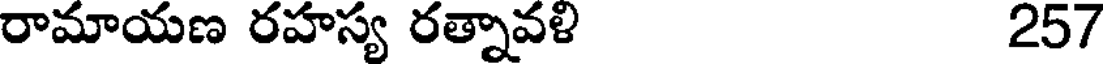
రామాయణ రహస్య రత్నావళి 257